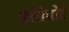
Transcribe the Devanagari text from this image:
हैलीपोर्ट